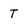
Character: T